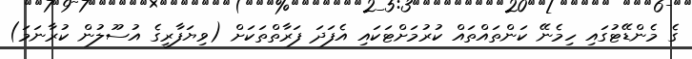
ގެ މެންޑޭޓުގައި ހިމެނޭ ކަންތައްތައް ކުރުމަށްޓަކައި އެފަދަ ފަރާތްތަކަށް (ވިޔަފާރީގެ އުސޫލުން ކުރާނަމަ)